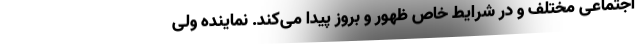
اجتماعی مختلف و در شرایط خاص ظهور و بروز پیدا می‌کند. نماینده ولی